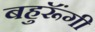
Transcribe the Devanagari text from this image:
बहुरूॅंगी